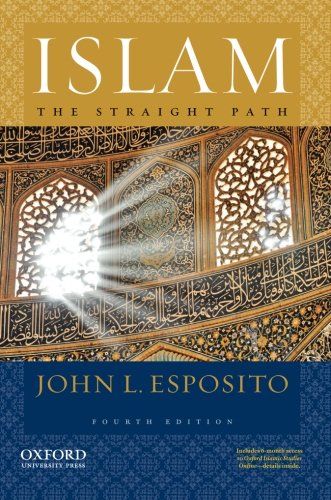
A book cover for Islam: The Straight Path; John L. Esposito; Religion & Spirituality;